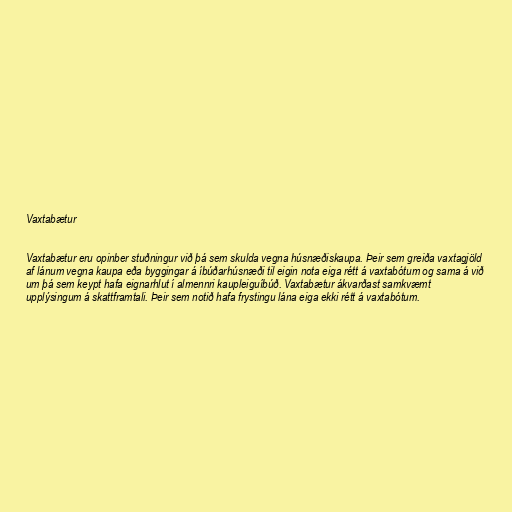
Vaxtabætur

Vaxtabætur eru opinber stuðningur við þá sem skulda vegna húsnæðiskaupa. Þeir sem greiða vaxtagjöld
af lánum vegna kaupa eða byggingar á íbúðarhúsnæði til eigin nota eiga rétt á vaxtabótum og sama á við
um þá sem keypt hafa eignarhlut í almennri kaupleiguíbúð. Vaxtabætur ákvarðast samkvæmt
upplýsingum á skattframtali. Þeir sem notið hafa frystingu lána eiga ekki rétt á vaxtabótum.